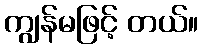
ကျွန်မဖြင့် တယ်။